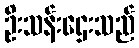
ဦးသန်းဌေးသည်